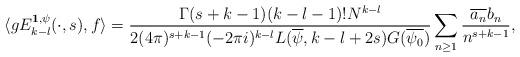
LaTeX: \begin{align*}\langle gE_{k-l}^{\textbf{1},\psi}(\cdot, s), f \rangle = \frac{\Gamma(s + k - 1)(k-l-1)!N^{k-l}}{2(4 \pi)^{s + k- 1}(-2\pi i)^{k-l}L(\overline{\psi},k-l+2s)G(\overline{\psi_0}) } \sum_{n \geq 1} \frac{\overline{a_n} b_n}{n^{s + k -1}},\end{align*}